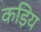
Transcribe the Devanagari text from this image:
कड़िय